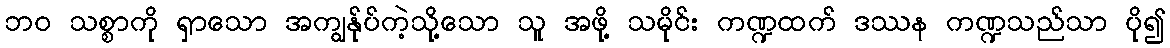
ဘဝ သစ္စာကို ရှာသော အကျွန်ုပ်ကဲ့သို့သော သူ အဖို့ သမိုင်း ကဏ္ဍထက် ဒဿန ကဏ္ဍသည်သာ ပို၍